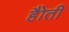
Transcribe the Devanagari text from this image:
हैोती